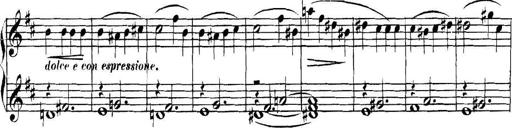
Title: Collected Piano Sonatas
Composer: Muzio Clementi